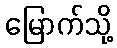
မြောက်သို့